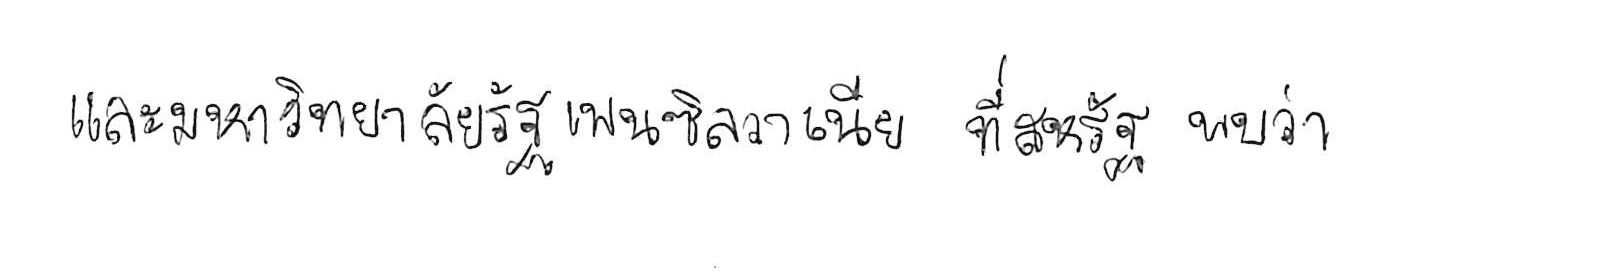
และมหาวิทยาลัยรัฐเพนซิลวาเนีย ที่สหรัฐ พบว่า